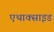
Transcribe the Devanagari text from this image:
एथाक्साइड